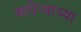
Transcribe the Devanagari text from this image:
वाघेऱ्याच्या